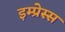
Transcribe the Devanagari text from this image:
इम्प्रेस्स